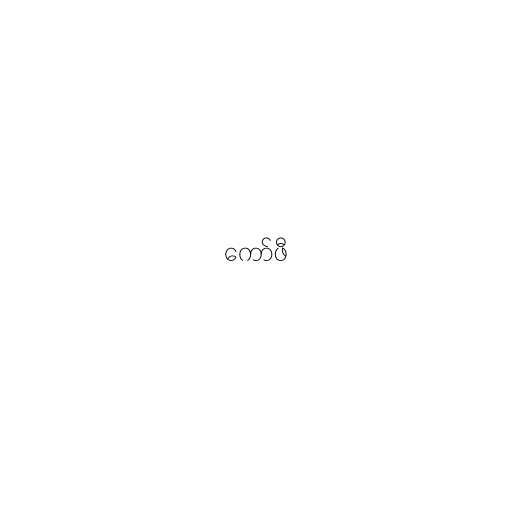
ကော်ဖီ